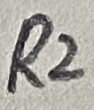
Text: R2